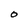
Character: O